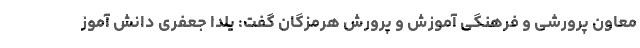
معاون پرورشی و فرهنگی آموزش و پرورش هرمزگان گفت: یلدا جعفری دانش آموز